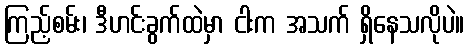
ကြည့်စမ်း၊ ဒီဟင်းခွက်ထဲမှာ ငါးက အသက် ရှိနေသလိုပဲ။